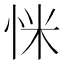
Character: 𢘺